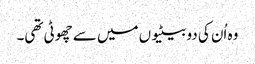
وہ اُن کی دو بیٹیوں میں سے چھوٹی تھی۔